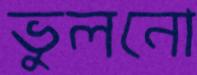
ভুলনো